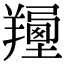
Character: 𦏍